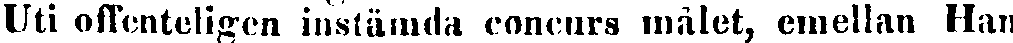
Uti offenteligen instämda canenrs målet, emellan Han